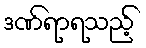
ဒဏ်ရာရသည့်